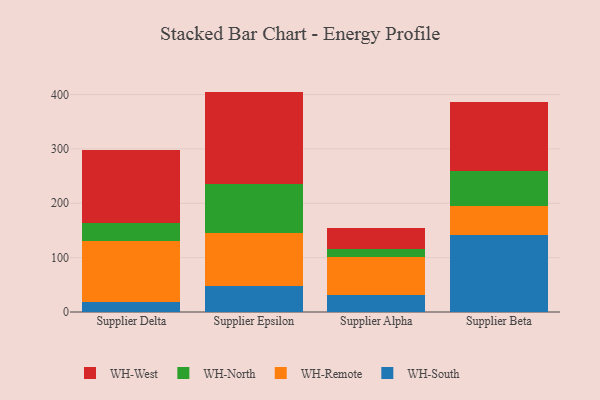
{"axis": {"x": "Supplier", "y": "Latency (ms)"}, "legend": ["WH-North", "WH-Remote", "WH-South", "WH-West"], "data": [{"x": "Supplier Delta", "y": 18.5, "type": "WH-South"}, {"x": "Supplier Delta", "y": 112.2, "type": "WH-Remote"}, {"x": "Supplier Delta", "y": 33.8, "type": "WH-North"}, {"x": "Supplier Delta", "y": 134.0, "type": "WH-West"}, {"x": "Supplier Epsilon", "y": 47.4, "type": "WH-South"}, {"x": "Supplier Epsilon", "y": 98.4, "type": "WH-Remote"}, {"x": "Supplier Epsilon", "y": 88.8, "type": "WH-North"}, {"x": "Supplier Epsilon", "y": 170.8, "type": "WH-West"}, {"x": "Supplier Alpha", "y": 31.7, "type": "WH-South"}, {"x": "Supplier Alpha", "y": 69.6, "type": "WH-Remote"}, {"x": "Supplier Alpha", "y": 14.6, "type": "WH-North"}, {"x": "Supplier Alpha", "y": 39.2, "type": "WH-West"}, {"x": "Supplier Beta", "y": 141.8, "type": "WH-South"}, {"x": "Supplier Beta", "y": 52.3, "type": "WH-Remote"}, {"x": "Supplier Beta", "y": 65.0, "type": "WH-North"}, {"x": "Supplier Beta", "y": 126.7, "type": "WH-West"}]}